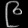
Digit: ၉